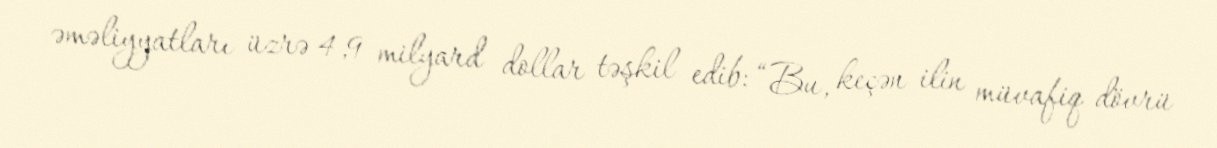
əməliyyatları üzrə 4,9 milyard dollar təşkil edib: “Bu, keçən ilin müvafiq dövrü